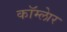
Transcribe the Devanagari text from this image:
कॉम्लेार